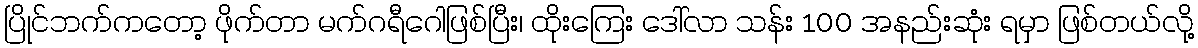
ပြိုင်ဘက်ကတော့ ဖိုက်တာ မက်ဂရီဂေါဖြစ်ပြီး၊ ထိုးကြေး ဒေါ်လာ သန်း 100 အနည်းဆုံး ရမှာ ဖြစ်တယ်လို့